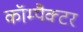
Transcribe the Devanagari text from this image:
कॉम्पैक्टर